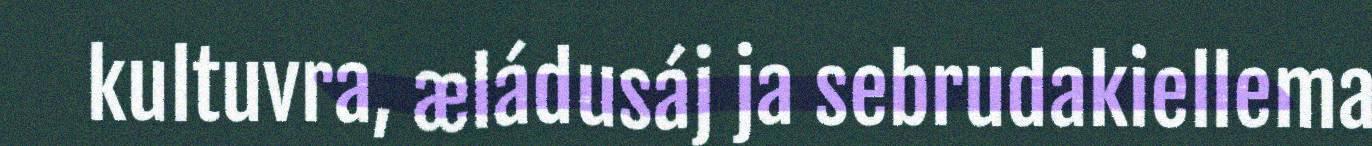
kultuvra, æládusáj ja sebrudakiellema